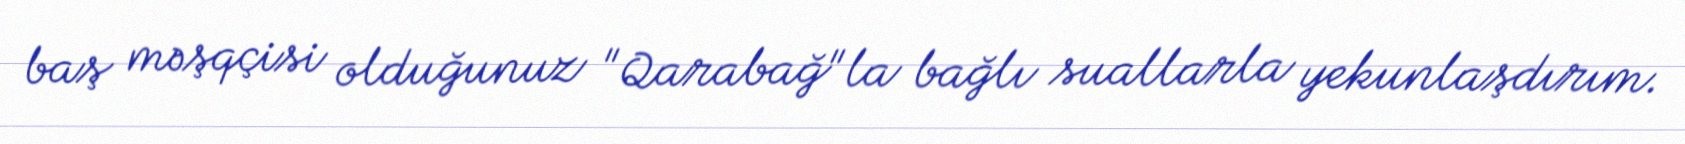
baş məşqçisi olduğunuz "Qarabağ"la bağlı suallarla yekunlaşdırım.